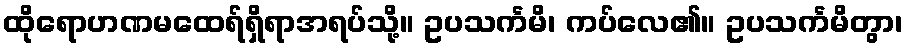
ထိုရောဟဏမထေရ်ရှိရာအရပ်သို့။ ဥပသင်္ကမိ၊ ကပ်လေ၏။ ဥပသင်္ကမိတွာ၊